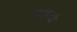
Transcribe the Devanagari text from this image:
उथुकुली